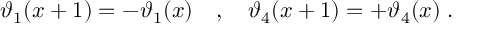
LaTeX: \vartheta _ { 1 } ( x + 1 ) = - \vartheta _ { 1 } ( x ) \quad , \quad \vartheta _ { 4 } ( x + 1 ) = + \vartheta _ { 4 } ( x ) \; .